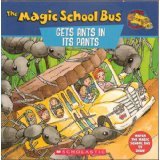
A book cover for the Magic School Bus Gets Ants in its Pants: a Book About Ants; Joanna Cole; Sports & Outdoors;